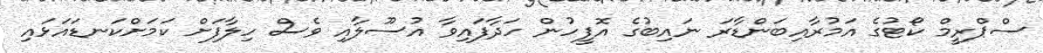
ސްޕްރީމް ކޯޓުގެ އަމުރާއިބަންޑާރަ ނައިބުގެ އޮފީހުން ހަދާފައިވާ އުސޫލާއި ވެސް ހިލާފަށް ކަމަށްކަނޑައަޅައި